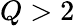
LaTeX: Q>2